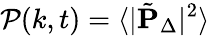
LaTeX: \mathcal{P}(k,t)=\langle|\tilde{\mathbf{P}}_{\Delta}|^{2}\rangle